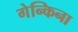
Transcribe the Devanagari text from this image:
गेन्किना